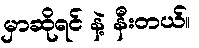
မှာဆိုရင် နဲ့ နီးတယ်။